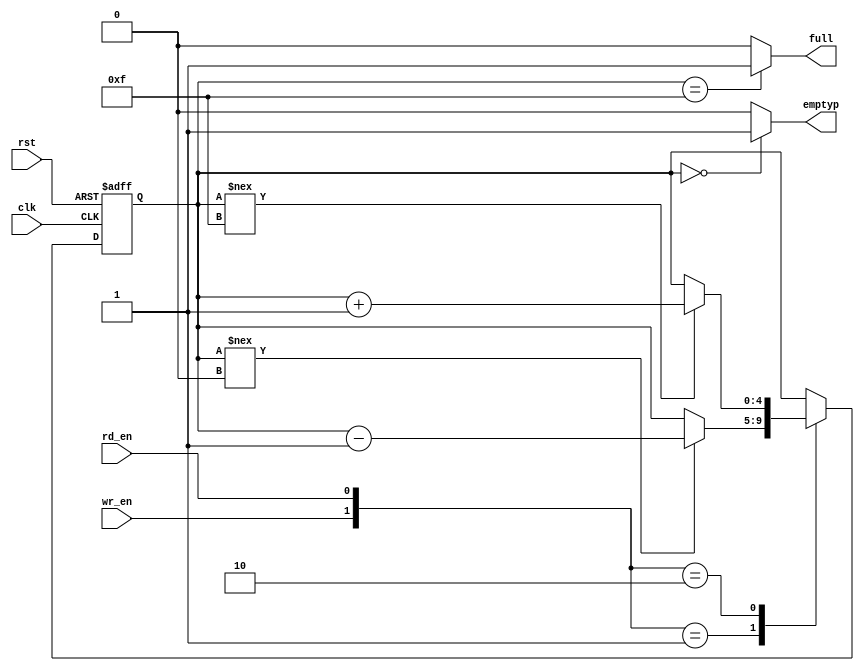
module flag_gen(clk,rst,full,emptyp,wr_en,rd_en);
input clk,rst;
input rd_en;
input wr_en;
output full,emptyp;
reg full,emptyp;
reg[4:0]count;
parameter max_count=5'b01111;
always @ (posedge clk or negedge rst)
begin
  if(!rst)
   count<=0;
  else
   begin
   case({wr_en,rd_en})
   2'b00:count<=count;
   2'b01:
       if(count!==5'b00000)
       count<=count-1;
   2'b10:
       if(count!== max_count)   
        count<=count+1;
   2'b11:count<=count;
   endcase
   end
end
always @(count)
begin
   if(count==5'b00000)
    emptyp<=1;
   else
    emptyp<=0;
end
always @(count)
begin
   if(count== max_count)
   full<=1;
   else
   full<=0;                                 
end
endmodule